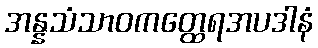
အန္နသံသာဝကတ္ထေရအပဒါနံ